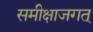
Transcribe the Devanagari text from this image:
समीक्षाजगत्